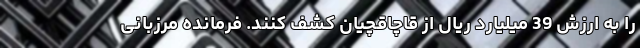
را به ارزش 39 میلیارد ریال از قاچاقچیان کشف کنند. فرمانده مرزبانی